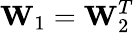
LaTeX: \mathbf{W}_{1}=\mathbf{W}_{2}^{T}